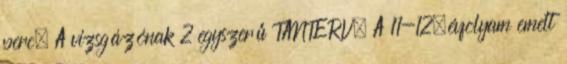
perc. A vizsgázónak 2 egyszerű TANTERV. A 11-12.évfolyam emelt